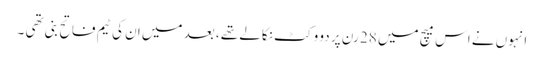
انہوں نے اس میچ میں 28 رن پر دو وکٹ نکالے تھے ، بعد میں ان کی ٹیم فاتح بنی تھی ۔